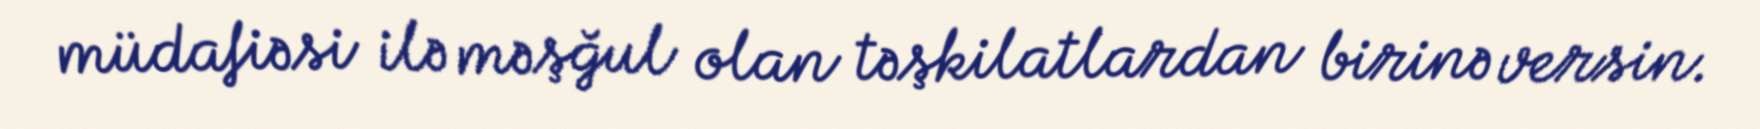
müdafiəsi ilə məşğul olan təşkilatlardan birinə versin.